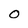
Character: 0